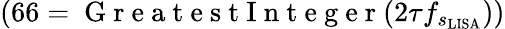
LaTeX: \left(66=\mathrm{~G~r~e~a~t~e~s~t~I~n~t~e~g~e~r~}(2\tau f_{s_{\mathrm{{LISA}}}})\right)